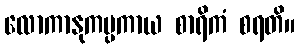
လောကာနုကမ္ပကာယ စာရိကံ စရတိ။